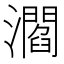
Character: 㶄